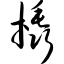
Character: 橇